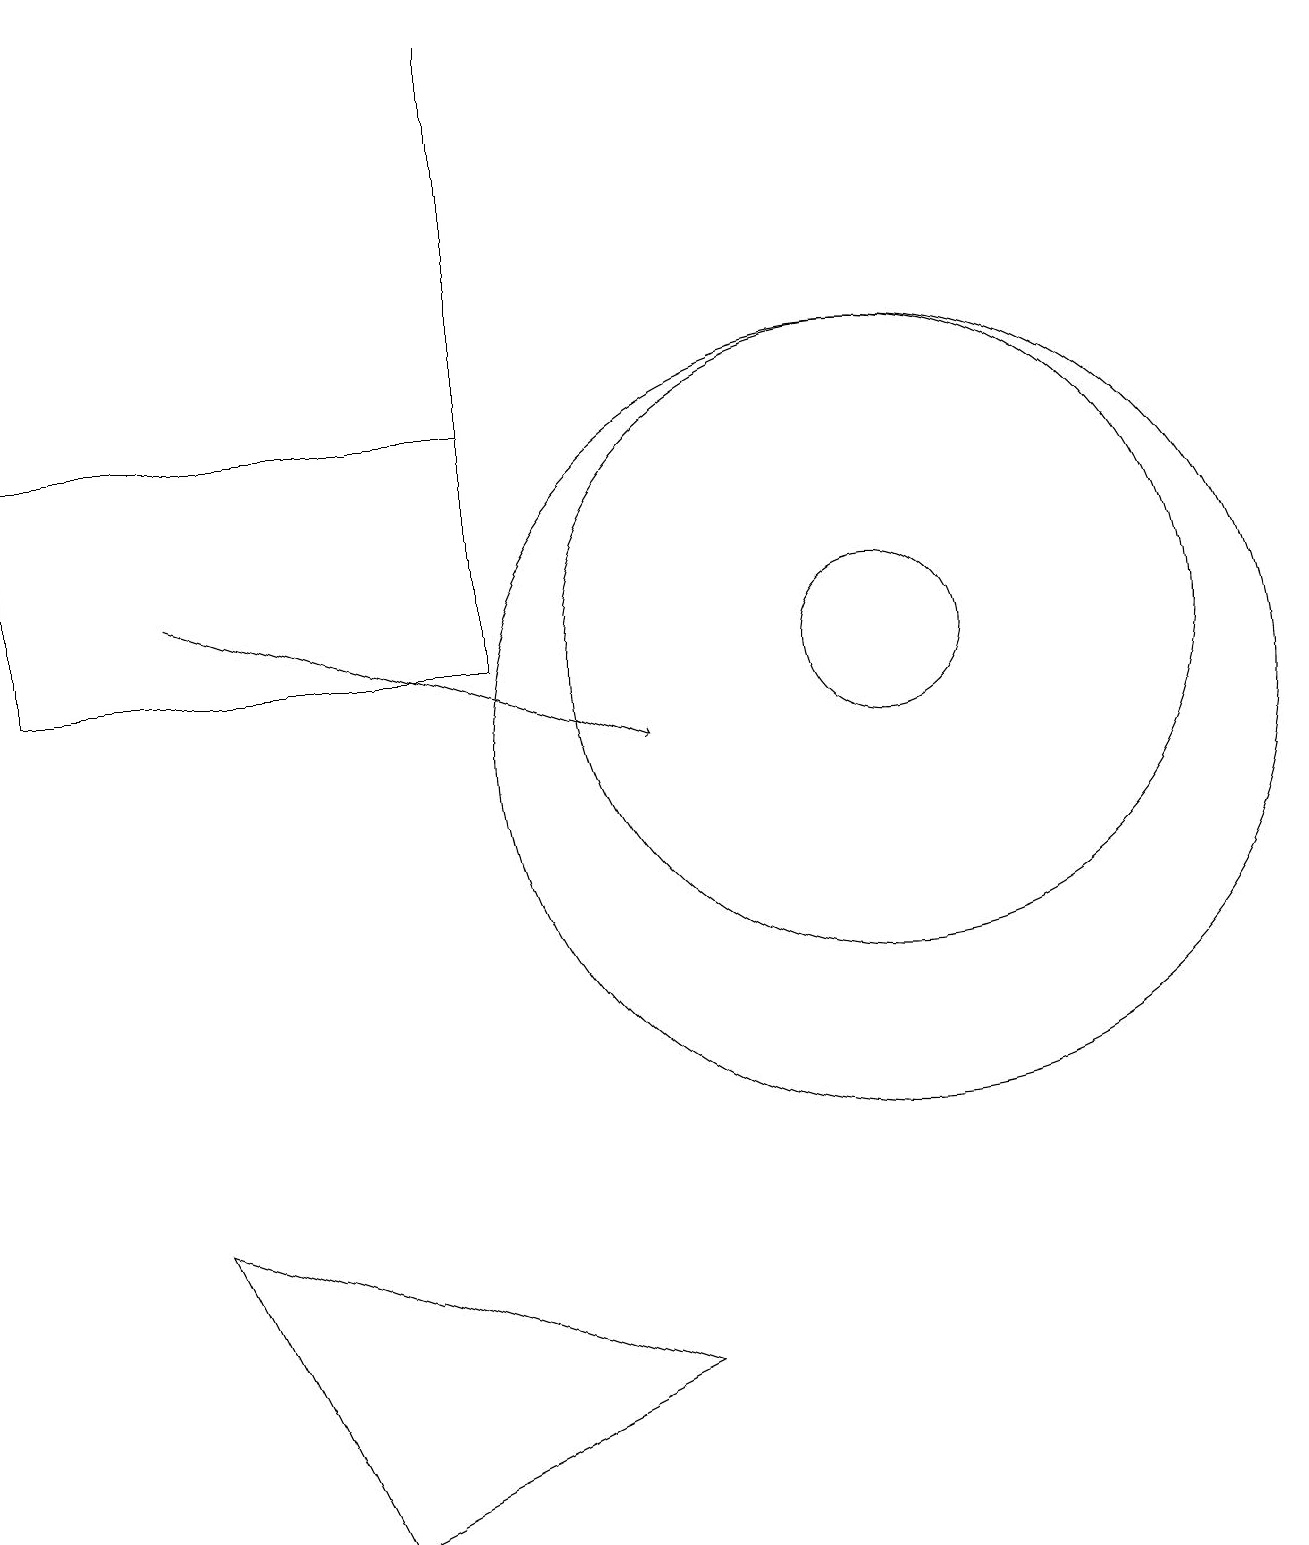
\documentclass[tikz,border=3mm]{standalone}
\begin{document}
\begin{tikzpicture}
\draw (6,11) rectangle (0,14);
\draw (8,2) -- (2,4) -- (4,0) -- cycle;
\draw (11,11) circle (1);
\draw (11,10) circle (5);
\draw (11,11) circle (4);
\draw[->] (2,12) -- (8,10);
\draw (6,19) rectangle (6,14);
\draw (11,11) circle (0);
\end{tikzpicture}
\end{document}